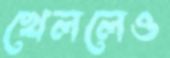
খেললেও